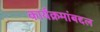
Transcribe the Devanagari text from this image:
कार्यक्रमांबद्दल